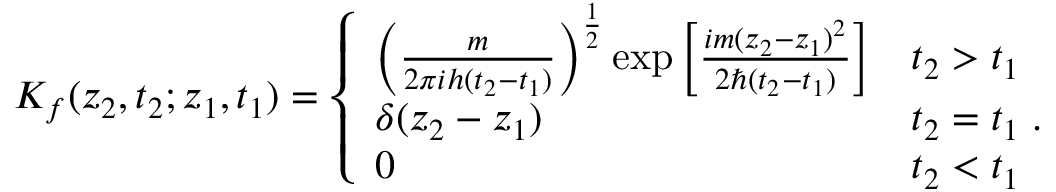
K _ { f } ( z _ { 2 } , t _ { 2 } ; z _ { 1 } , t _ { 1 } ) = \left\{ \begin{array} { l l } { { { \left( \frac { m } { 2 \pi i h ( t _ { 2 } - t _ { 1 } ) } \right) } ^ { \frac { 1 } { 2 } } \exp \left[ \frac { i m { ( z _ { 2 } - z _ { 1 } ) } ^ { 2 } } { 2 \hbar ( t _ { 2 } - t _ { 1 } ) } \right] } } & { { t _ { 2 } > t _ { 1 } } } \\ { { \delta ( z _ { 2 } - z _ { 1 } ) } } & { { t _ { 2 } = t _ { 1 } \; . } } \\ { { 0 } } & { { t _ { 2 } < t _ { 1 } } } \end{array} \right.